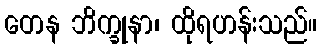
တေန ဘိက္ခုနာ၊ ထိုရဟန်းသည်။